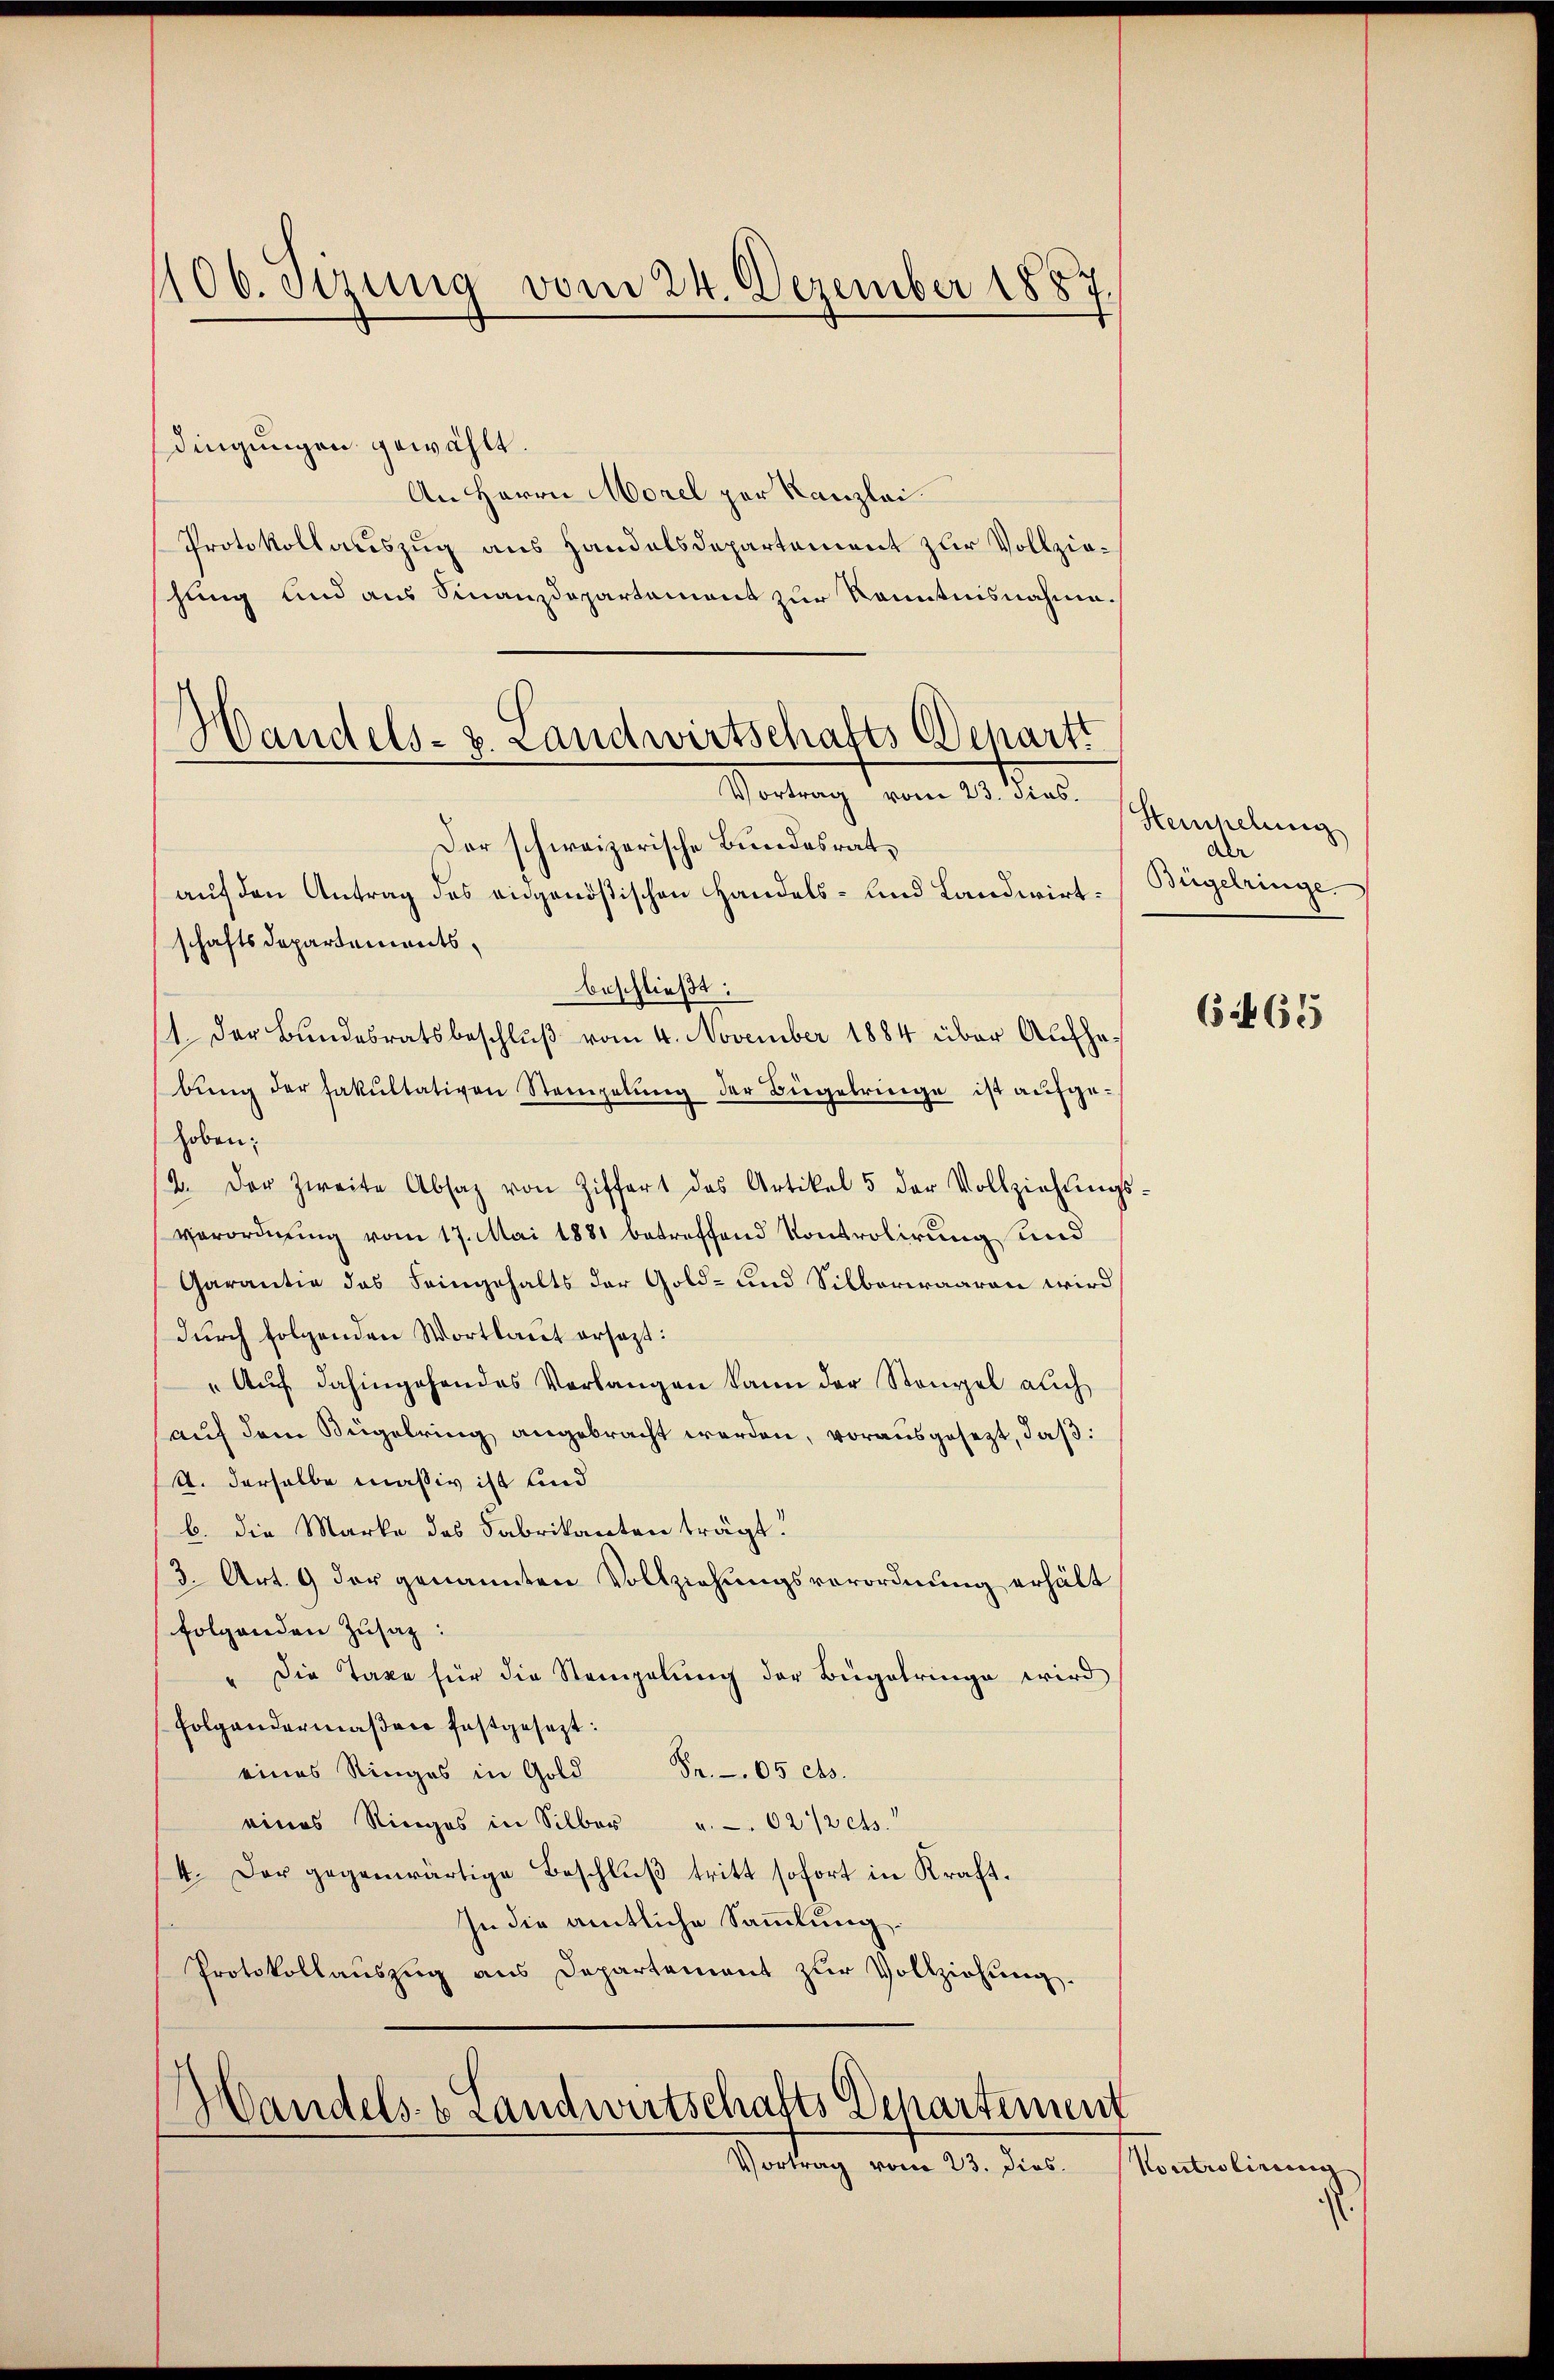
106. Sizung
vom 24. Dezember 1887.

dingungen gewählt.
An Herrn Morel per Kanzlei
Protokollauszug aus Handelsdepartement zur Vollziehung und aus Finanzdepartement zur Kenntnisnahme.
Der schweizerische Bundesrat,
auf den Antrag des eidgenößischen Handels- und Landwirtschaftsdepartements,
beschließt:
1. Der Bundesratsbeschluß vom 4. November 1884 über Aufhebŭng der Fakultativen Steingelŭng der Bügelringe ist aufge-
hoben.
12. Der zweite Absaz von Ziffert das Artikel 5 der Vollziehŭngs-
verordnung vom 17. Mai 1881 betreffend Kontrolirung und
Garantie das Feingehalts der Gold- und Silberwaaren wird
durch folgenden Wortlaut ersezt:
"Aŭf dahingehendes Verlangen kann der Stangel auch
auf dem Kugelring angebracht werden, vorausgesezt, daß
A. derselbe maßiv ist und
b. die Marke des Fabrikanten trägt.
3. Art. 9 der genannten Vollziehungsverordnung erhält
folgenden Zusaz:
Die Taxe für die Stempelung der Bügelringe wird
Folgendermaßen festgesezt:
eines Ringes in Gold Dr. 05 cts.
eines Ringes in Silber u. 02/2 cts.
4. Der gegenwärtige Beschluß tritt sofort in Kraft¬
In die amtliche Sammlung.
Protokollauszug aus Departement zur Vollziehung.

Handels- u. Landwirtschafts Departi

Vortung dem 1. et. Schreibung

.
Vandels- & Landwirtschafts Departement
Vortrag vom 23. Dies

r
Bugelringe

665

Kontrolinienig |